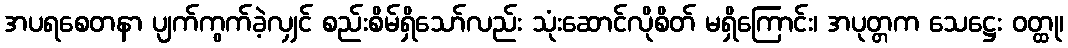
အပရစေတနာ ပျက်ကွက်ခဲ့လျှင် စည်းစိမ်ရှိသော်လည်း သုံးဆောင်လိုစိတ် မရှိကြောင်း၊ အပုတ္တက သေဋ္ဌေး ဝတ္ထု၊